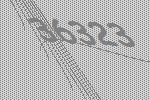
36323